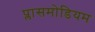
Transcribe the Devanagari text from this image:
प्लासमोडियम